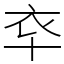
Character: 䘚